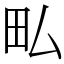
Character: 𤰜